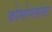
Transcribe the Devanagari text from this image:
क्रोमोप्लास्ट